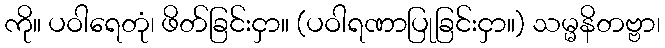
ကို။ ပဝါရေတုံ၊ ဖိတ်ခြင်းငှာ။ (ပဝါရဏာပြုခြင်းငှာ။) သမ္မနိတဗ္ဗာ၊